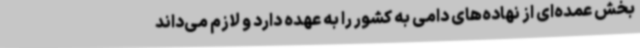
بخش عمده‌ای از نهاده‌های دامی به کشور را به عهده دارد و لازم می‌داند